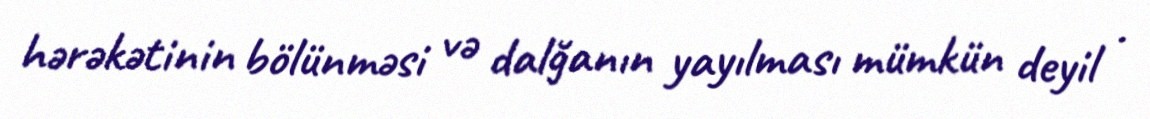
hərəkətinin bölünməsi və dalğanın yayılması mümkün deyil .